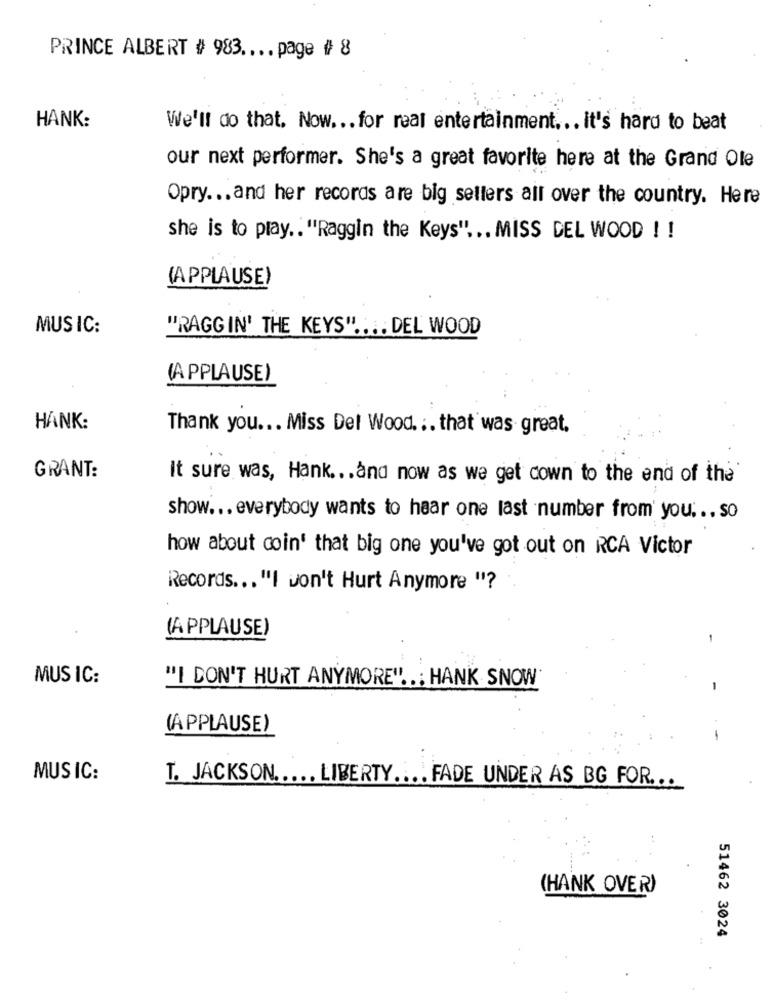
PRINCE ALBERT # 983 .... page # 8
HANK:
We'll do that. Now ... for real entertainment ... it's hard to beat
our next performer. She's a great favorite here at the Grand Ole
Opry ... and her records are big sellers all over the country. Here
she is to play .. "Raggin the Keys" ... MISS DEL WOOD ! !
(APPLAUSE)
MUSIC:
"RAGGIN' THE KEYS" .... DEL WOOD
(APPLAUSE)
HANK:
Thank you ... Miss Del Wood. .. that was great,
GRANT:
It sure was, Hank ... and now as we get down to the end of the
show ... everybody wants to hear one last number from' you ... so
how about coin' that big one you've got out on RCA Victor
Records ... "I won't Hurt Anymore "?
(APPLAUSE)
MUS IC:
"I DON'T HURT ANYMORE" ... HANK SNOW
(APPLAUSE)
-
MUSIC:
T. JACKSON ..... LIBERTY .... FADE UNDER AS BG FOR ...
(HANK OVER)
51462 3024